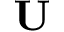
\mathbf { U }